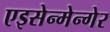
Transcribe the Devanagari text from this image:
एइसेन्मेन्गेर